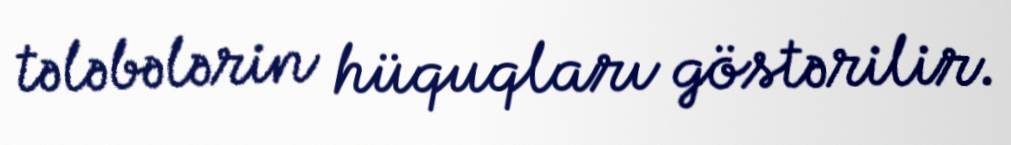
tələbələrin hüquqları göstərilir.